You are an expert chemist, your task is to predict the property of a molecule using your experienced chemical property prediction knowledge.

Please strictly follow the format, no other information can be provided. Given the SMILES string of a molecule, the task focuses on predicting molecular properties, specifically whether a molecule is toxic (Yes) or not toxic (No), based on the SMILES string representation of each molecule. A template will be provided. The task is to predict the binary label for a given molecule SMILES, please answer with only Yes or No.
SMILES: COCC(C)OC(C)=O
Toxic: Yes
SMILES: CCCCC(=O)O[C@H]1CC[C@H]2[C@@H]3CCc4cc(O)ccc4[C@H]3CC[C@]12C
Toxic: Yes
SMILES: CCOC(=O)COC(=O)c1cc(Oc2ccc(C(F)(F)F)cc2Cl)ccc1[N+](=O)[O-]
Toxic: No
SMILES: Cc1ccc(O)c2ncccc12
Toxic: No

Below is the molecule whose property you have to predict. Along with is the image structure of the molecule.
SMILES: COCCOC(=O)c1ccccc1C(=O)OCCOC
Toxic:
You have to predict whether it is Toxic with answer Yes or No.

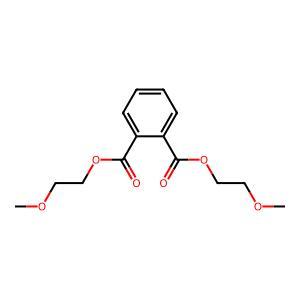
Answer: No